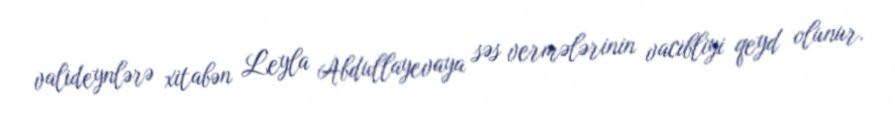
valideynlərə xitabən Leyla Abdullayevaya səs vermələrinin vacibliyi qeyd olunur.